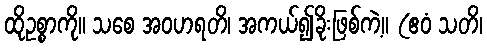
ထိုဥစ္စာကို။ သစေ အဝဟရတိ၊ အကယ်၍ခိုးဖြစ်ကဲ့။ (ဧဝံ သတိ၊